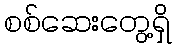
စစ်ဆေးတွေ့ရှိ